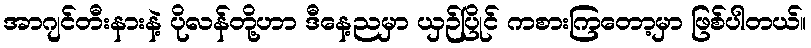
အာဂျင်တီးနားနဲ့ ပိုလန်တို့ဟာ ဒီနေ့ညမှာ ယှဉ်ပြိုင် ကစားကြတော့မှာ ဖြစ်ပါတယ်။